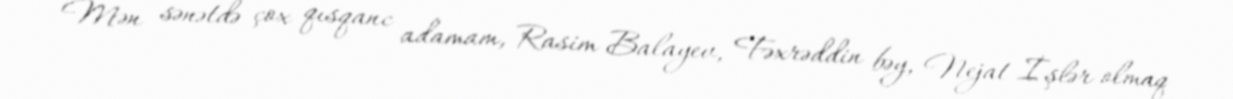
Mən sənətdə çox qısqanc adamam, Rasim Balayev, Fəxrəddin bəy, Nejat İşlər olmaq